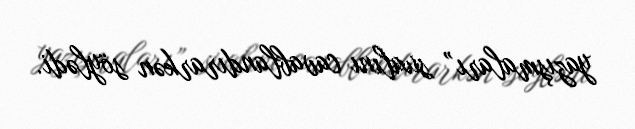
yazışmaları” sualını cavablandırarkən söylədi.